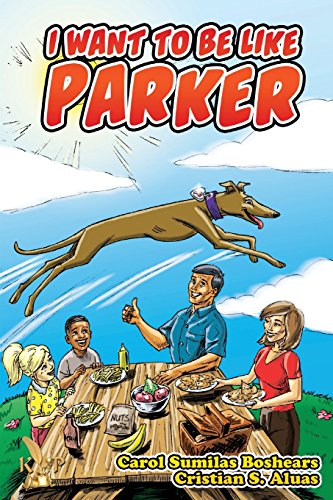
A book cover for I Want To Be Like Parker; Carol Sumilas Boshears; Health, Fitness & Dieting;